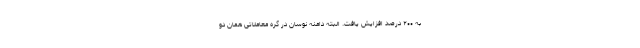
به ۲۰۰ درصد افزایش یافت. البته دامنه نوسان در گره معاملاتی همان دو